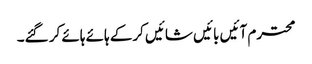
محترم آئیں بائیں شائیں کرکے ہائے ہائے کر گئے۔